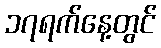
၁၇ရက်နေ့တွင်